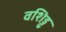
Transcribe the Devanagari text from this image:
वशिड्ढ